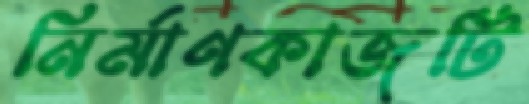
নির্মাণকাজটি